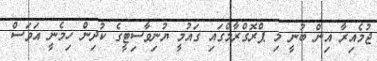
ޖުމެއިރާ އިން ބުނީ މި ޕްރޮގްރާމްގައި ގައުމީ ޔުނިވާސިޓީގެ ކުދިން ހިމެނީ އަވަސް